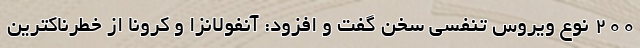
200 نوع ویروس تنفسی سخن گفت و افزود: آنفولانزا و کرونا از خطرناکترین